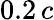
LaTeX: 0.2\, c